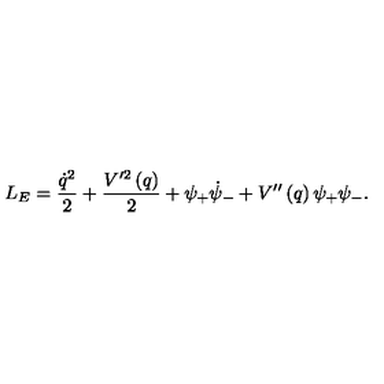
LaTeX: L _ { E } = \frac { \dot { q } ^ { 2 } } 2 + \frac { V ^ { \prime 2 } \left( q \right) } 2 + \psi _ { + } \dot { \psi } _ { - } + V ^ { \prime \prime } \left( q \right) \psi _ { + } \psi _ { - } .